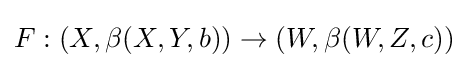
F:(X,\beta (X,Y,b))\to (W,\beta (W,Z,c))